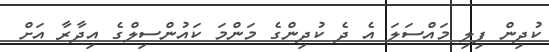
ކުދިން ފިލި މައްސަލަ އެ ދެ ކުދިންގެ މަންމަ ކައުންސިލްގެ އިދާރާ އަށް